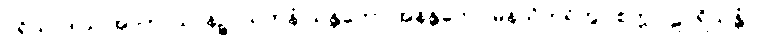
ပရိယာဒါယ အာကာသာနဉ္စာယတနံ သန္တတော အနန္တတော မနသိကရိတွာ စက္ကဝါဠပရိယန္တံ ဝါ